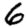
Digit: 6